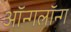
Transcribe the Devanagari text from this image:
ऑन्गलॉन्ग